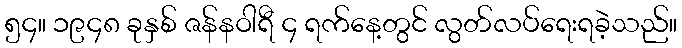
၅၄။ ၁၉၄၈ ခုနှစ် ဇန်နဝါရီ ၄ ရက်နေ့တွင် လွတ်လပ်ရေးရခဲ့သည်။